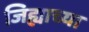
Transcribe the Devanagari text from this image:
जिह्याच्या